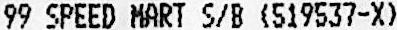
99 SPEED MART S/B (519537-X)